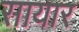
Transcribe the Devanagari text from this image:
सायार